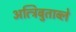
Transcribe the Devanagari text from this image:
अत्त्रिबुताब्ले